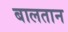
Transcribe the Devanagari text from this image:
बालतान